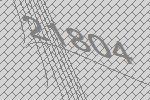
21804